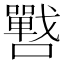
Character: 𭌓